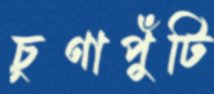
চুণাপুঁটি